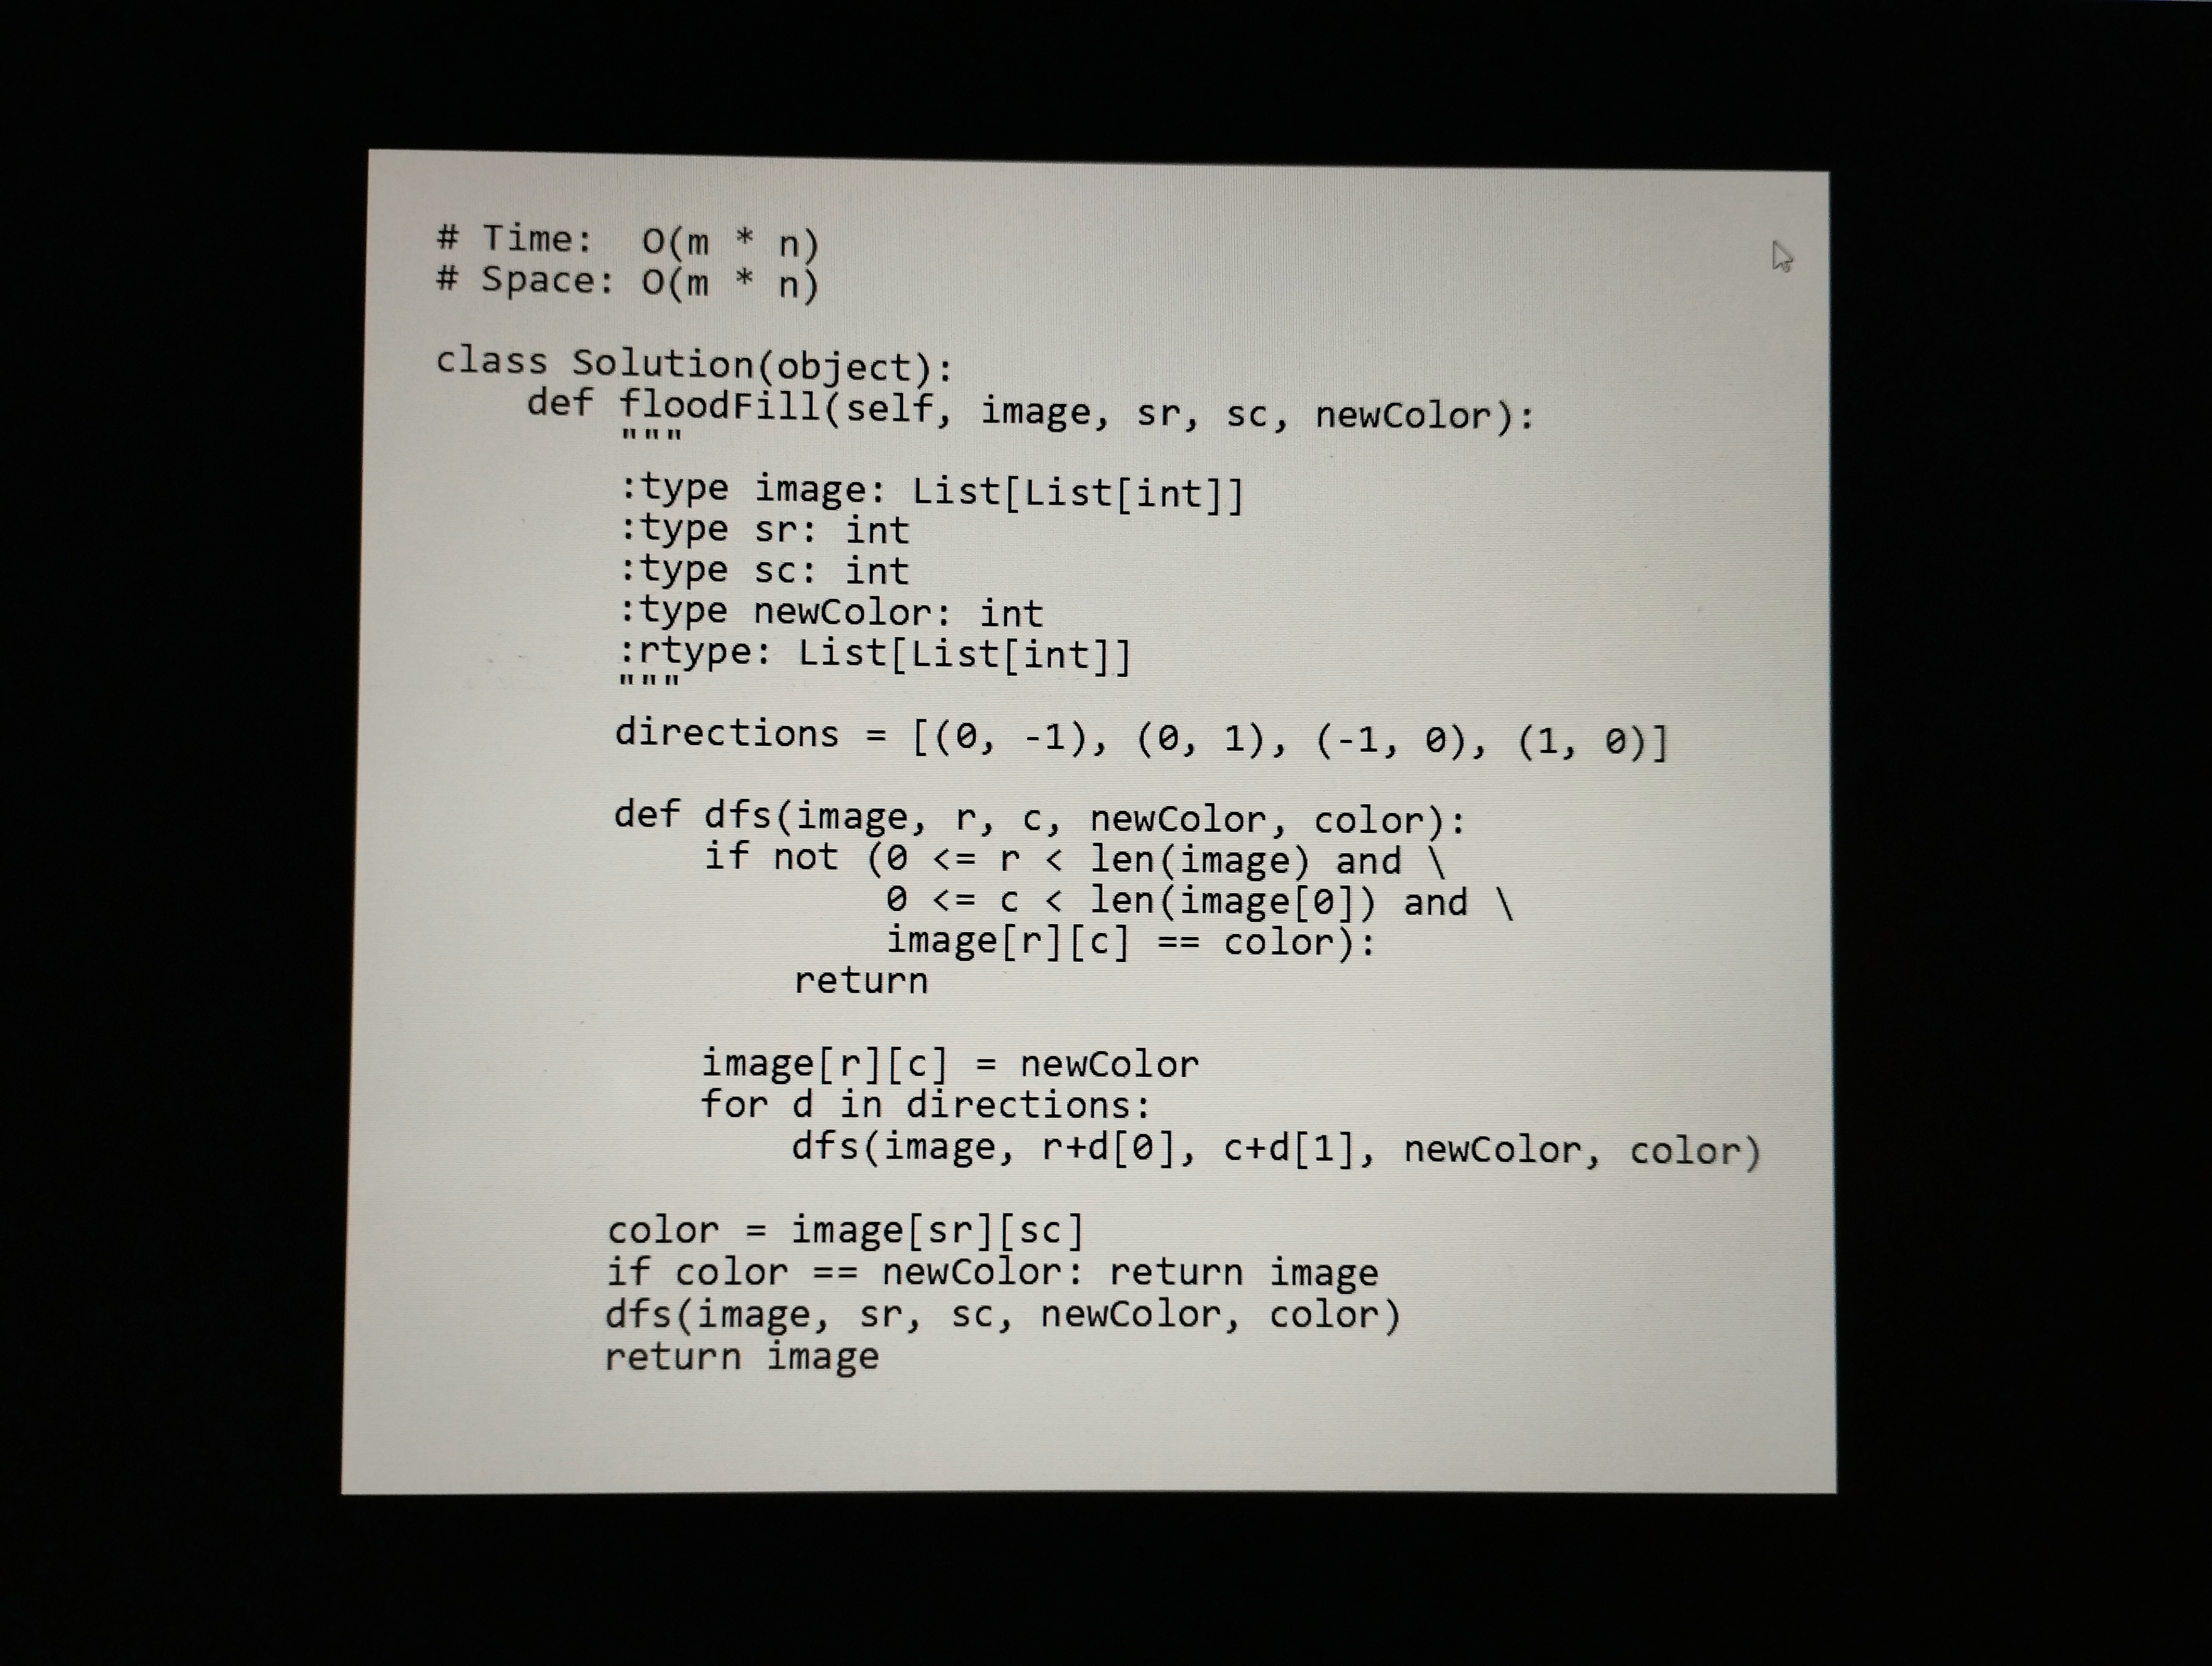
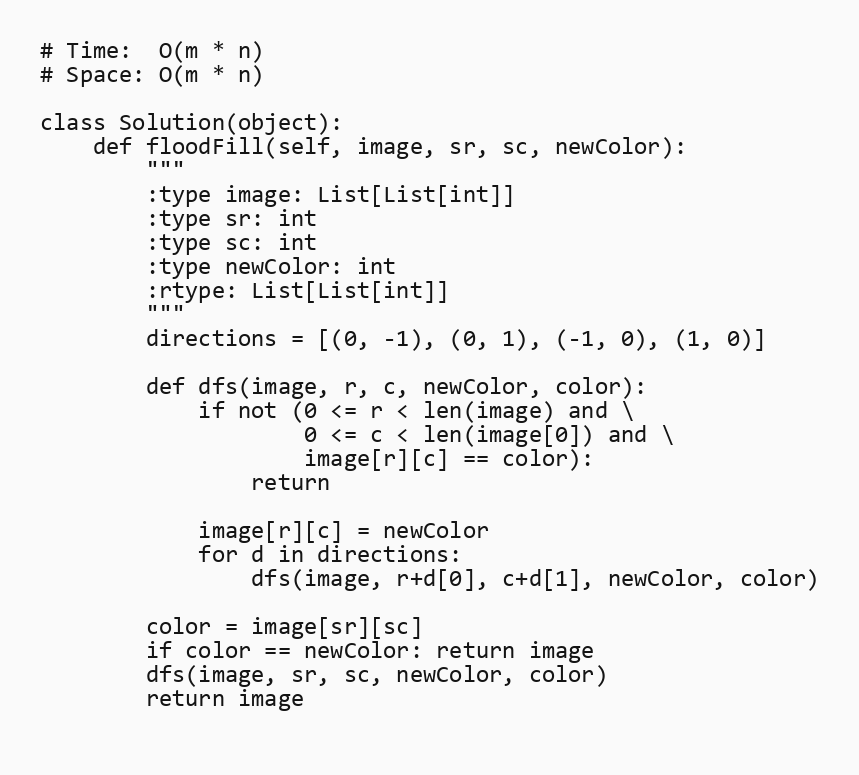
# Time:  O(m * n)
# Space: O(m * n)

class Solution(object):
    def floodFill(self, image, sr, sc, newColor):
        """
        :type image: List[List[int]]
        :type sr: int
        :type sc: int
        :type newColor: int
        :rtype: List[List[int]]
        """
        directions = [(0, -1), (0, 1), (-1, 0), (1, 0)]

        def dfs(image, r, c, newColor, color):
            if not (0 <= r < len(image) and \
                    0 <= c < len(image[0]) and \
                    image[r][c] == color):
                return

            image[r][c] = newColor
            for d in directions:
                dfs(image, r+d[0], c+d[1], newColor, color)

        color = image[sr][sc]
        if color == newColor: return image
        dfs(image, sr, sc, newColor, color)
        return image